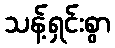
သန့်ရှင်းစွာ